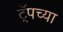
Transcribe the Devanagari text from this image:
ट्रॅपच्या